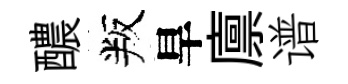
醲叛旱廪谱